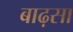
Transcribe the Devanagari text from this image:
बाढ़सा